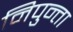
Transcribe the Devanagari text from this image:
निपुन्ता